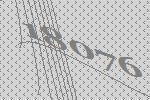
18076